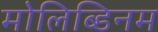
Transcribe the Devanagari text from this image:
मोलिब्डिनम